Trukikaitis_Postimees, lk 97
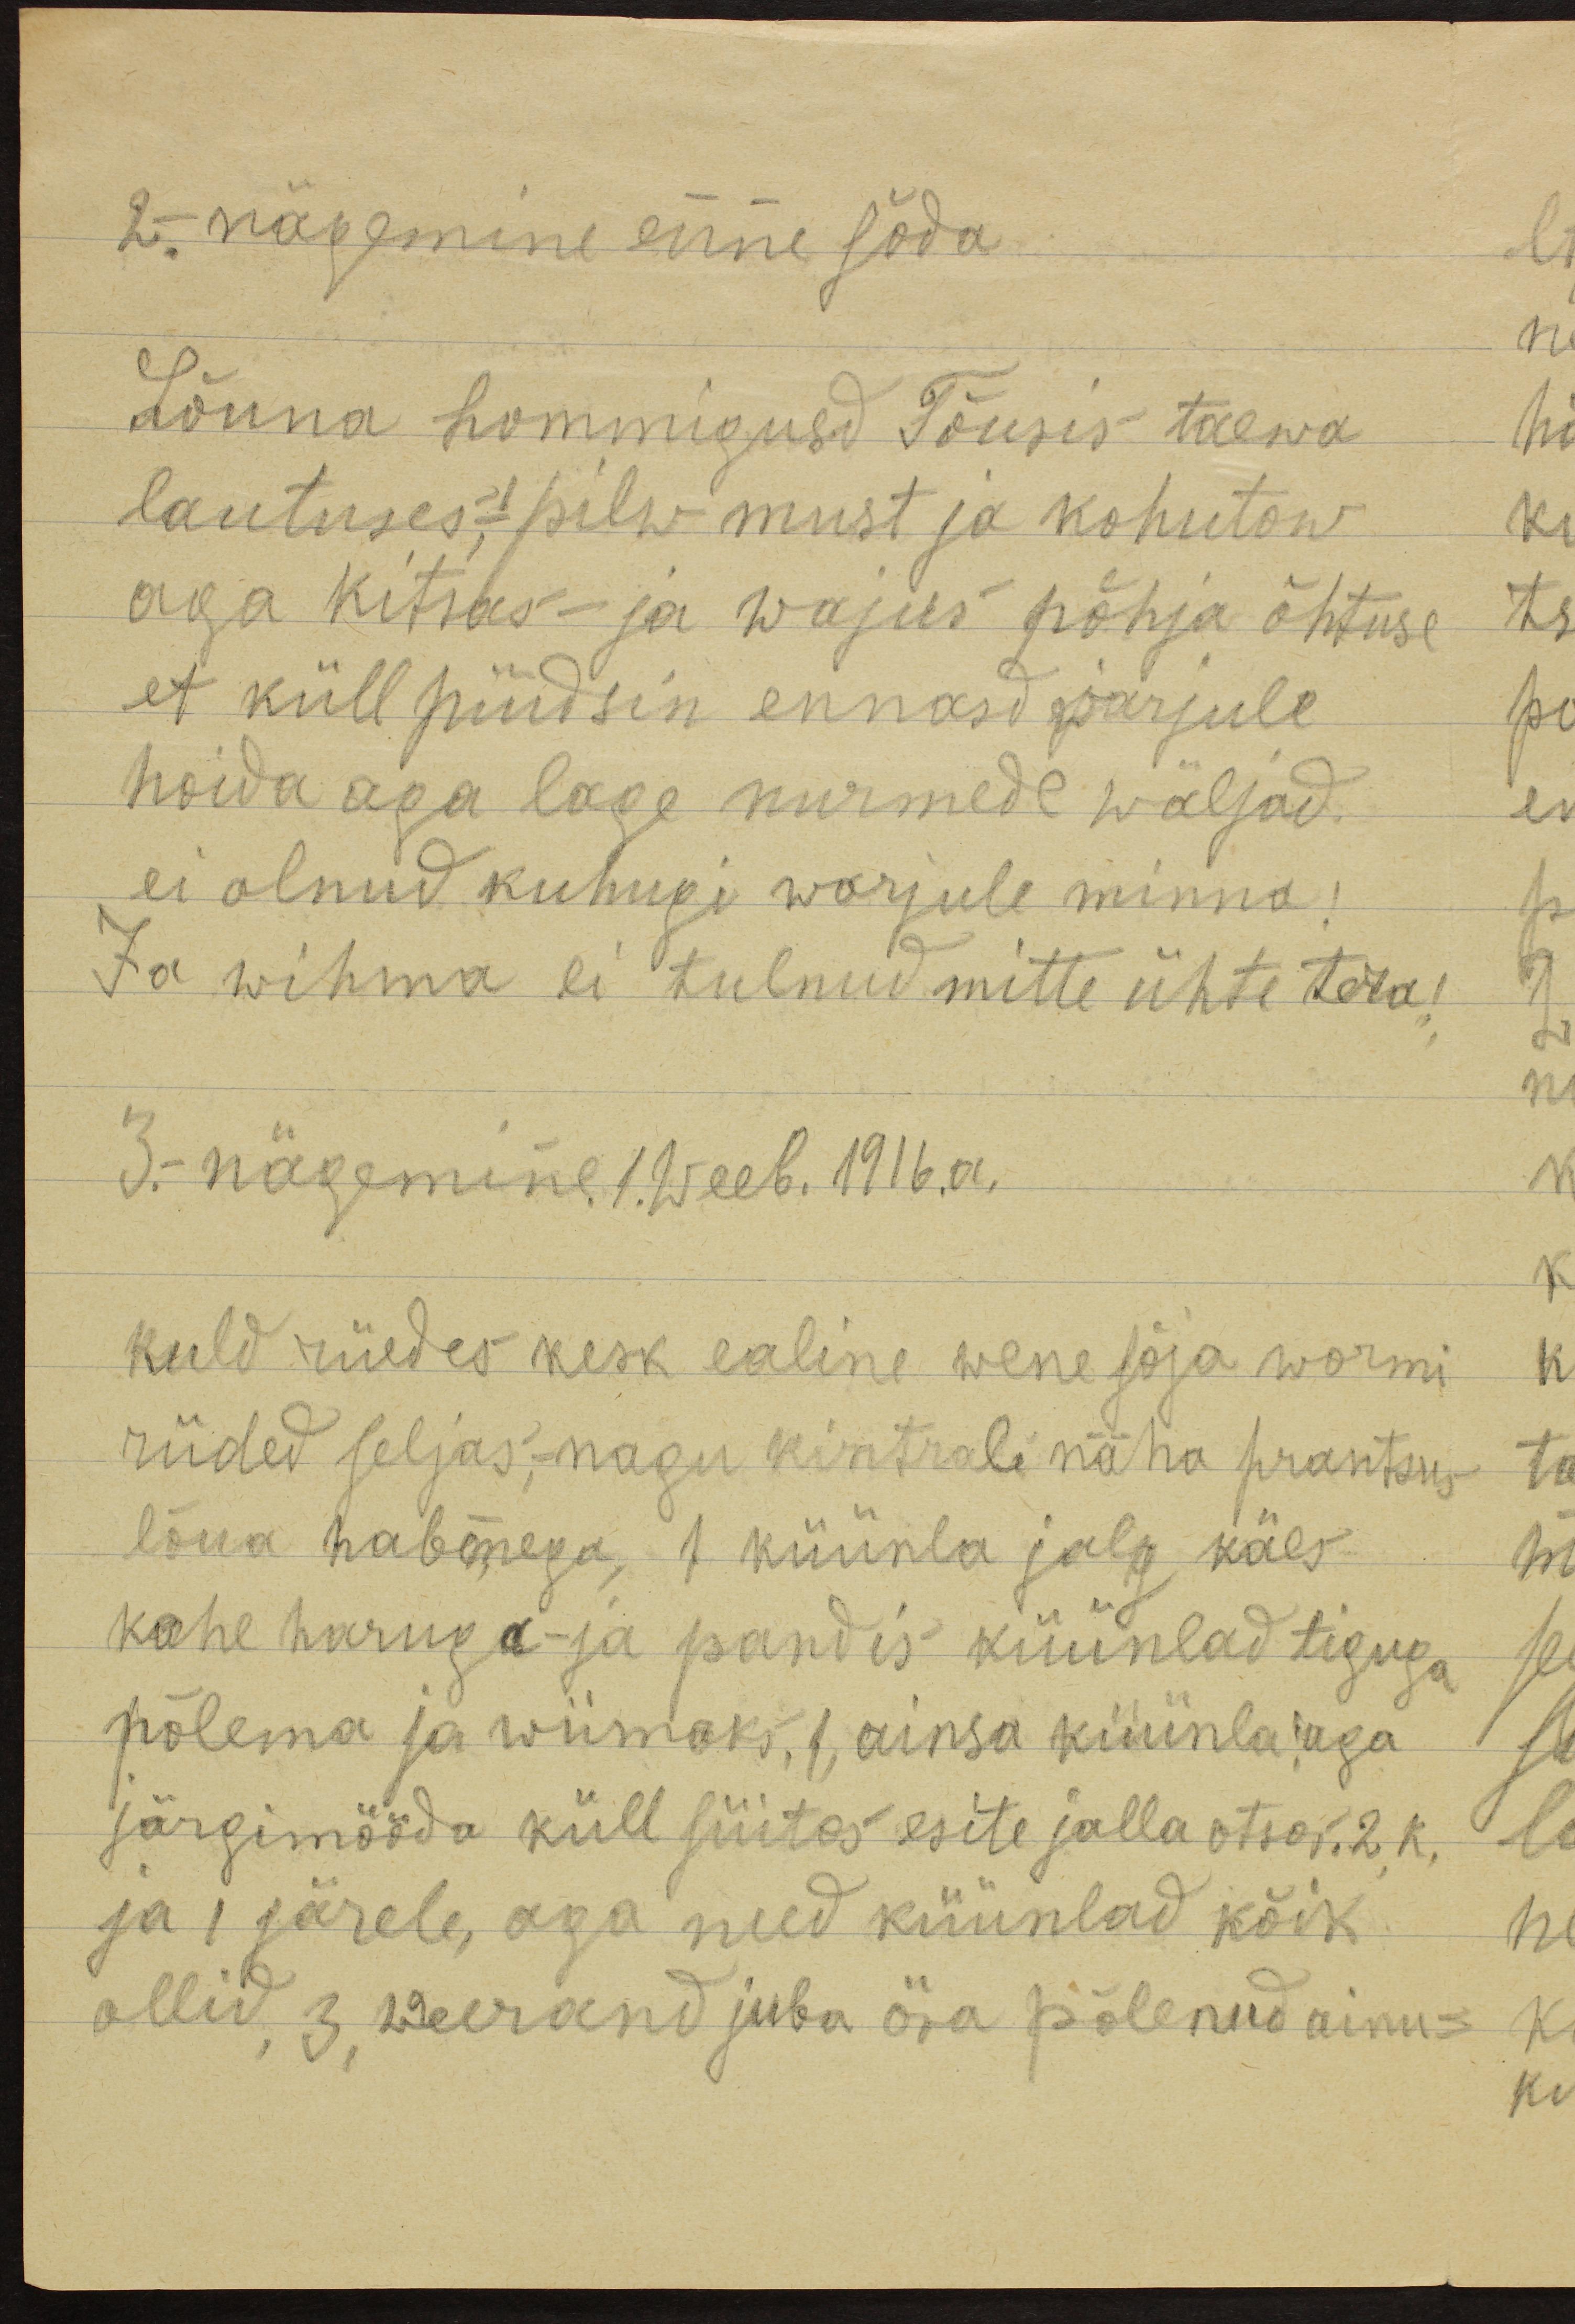
2.- nägemine enne sõda.
Lõuna hommigusd Tõusis taewa
lautuses! pilw must ja kohutow
aga kitsas- ja wajus põhja õhtuse
et küll püüdsin ennasd warjule
hoida aga lage nurmede wäljad.
ei olnud kuhugi warjule minna.
Ja wihma ei tulnud mitte ühte tera!
3. nägemine 1. weeb. 1916. a.
kuld riiedes kesk ealine wene sõja wormi-
riided seljas,- nagu kintral näha prantsus
lõua habemega, 1 küünla jalg käes
kahe haruga- ja pandis küünlad tiguga
põlema ja wiimaks, 1, ainsa küünla aga
järgimööda küll süütas esite jalla otsas. 2 k.
ja 1 järele, aga need küünlad kõik.
ollid 3 weerand juba ära põlenud ainus